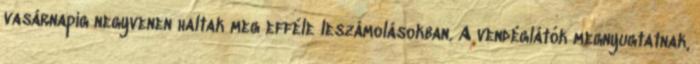
vasárnapig negyvenen haltak meg efféle leszámolásokban. A vendéglátók megnyugtatnak,